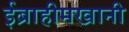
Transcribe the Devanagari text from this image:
ईब्राहीमखानी